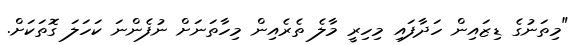
"މިތަނުގެ ޑިޒައިން ހަދާފައި މިހިރީ މާލެ ތެރެއިން މިހާތަނަށް ނުފެންނަ ކަހަލަ ގޮތަކަށް.